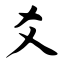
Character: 爻